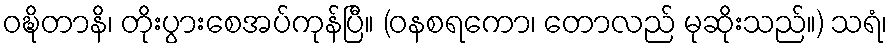
ဝဍ္ဎိတာနိ၊ တိုးပွားစေအပ်ကုန်ပြီ။ (ဝနစရကော၊ တောလည် မုဆိုးသည်။) သရံ၊